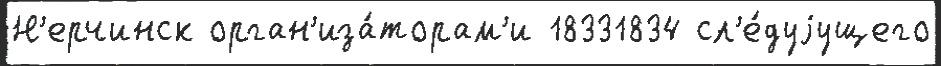
Н'ерчинск орган'иза́торам'и 18331834 сл'е́дуjущего